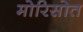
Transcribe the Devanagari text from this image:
मोरिसोत